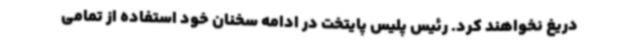
دریغ نخواهند کرد. رئیس پلیس پایتخت در ادامه سخنان خود استفاده از تمامی